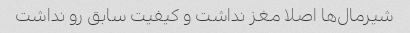
شیرمال‌ها اصلا مغز نداشت و کیفیت سابق رو نداشت